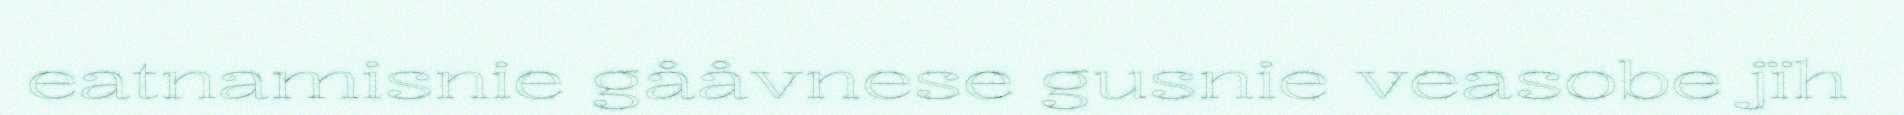
eatnamisnie gååvnese gusnie veasobe jïh